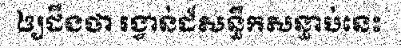
ឲ្យដឹងថា រង្វាន់ដ៏សន្ធឹកសន្ធាប់នេះ